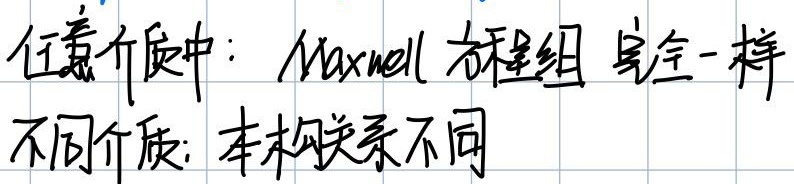
任意介质中：Maxwell方程组完全一样
不同介质：本构关系不同